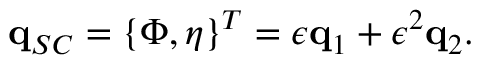
\mathbf { q } _ { S C } = \left\{ \Phi , \eta \right\} ^ { T } = \epsilon \mathbf { q } _ { 1 } + \epsilon ^ { 2 } \mathbf { q } _ { 2 } .